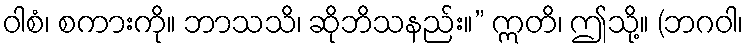
ဝါစံ၊ စကားကို။ ဘာသသိ၊ ဆိုဘိသနည်း။” ဣတိ၊ ဤသို့။ (ဘဂဝါ၊